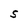
Character: S